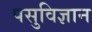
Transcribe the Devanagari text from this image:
पसुविज्ञान